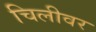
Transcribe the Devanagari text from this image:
चिलीवर